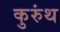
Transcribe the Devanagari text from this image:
कुरुंथ